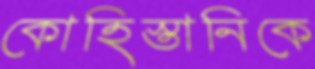
কোহিস্তানিকে